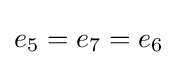
{\textstyle e_{5}=e_{7}=e_{6}}